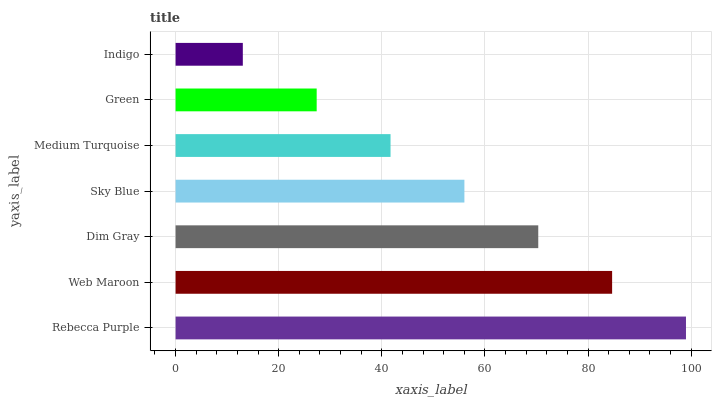
| yaxis_label | bars |
 | --- | --- |
 | Rebecca Purple | 99 |
 | Web Maroon | 84.7 |
 | Dim Gray | 70.3 |
 | Sky Blue | 56 |
 | Medium Turquoise | 41.7 |
 | Green | 27.4 |
 | Indigo | 13 |